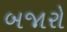
બજારો